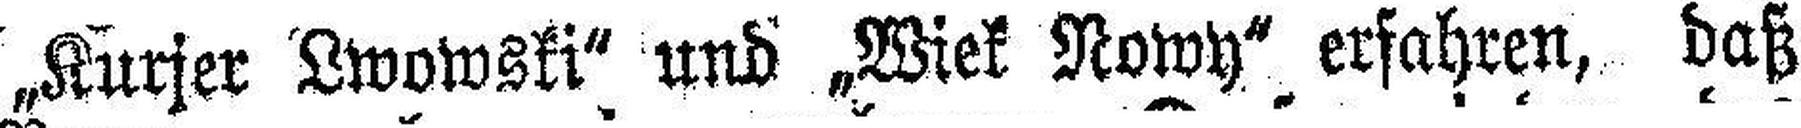
„Kurjer Lwowski“ und „Wiek Nowy“ erfahren, daß